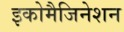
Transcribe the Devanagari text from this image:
इकोमैजिनेशन